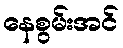
နေစွမ်းအင်